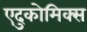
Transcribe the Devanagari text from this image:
एदुकोमिक्स